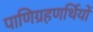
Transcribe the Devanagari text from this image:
पाणिग्रहणर्थियों